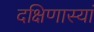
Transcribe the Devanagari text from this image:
दक्षिणास्यां